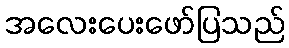
အလေးပေးဖော်ပြသည်